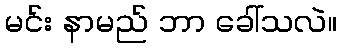
မင်း နာမည် ဘာ ခေါ်သလဲ။